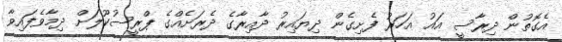
އެގޮތުން ދިރާސީ އައު އަހަރު ފެށިގެން ދިޔައިރު ދާއިރާގެ ދެރަށެއްގެ ޕްރީސުކޫލަށް ދިމާވެފައިވާ